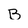
Character: B